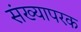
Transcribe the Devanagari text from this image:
संख्यापरक